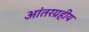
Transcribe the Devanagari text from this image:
आंतरग्रहीय